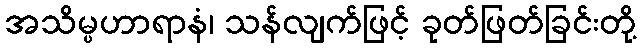
အသိမ္ပဟာရာနံ၊ သန်လျက်ဖြင့် ခုတ်ဖြတ်ခြင်းတို့